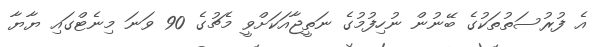
އެ ފުރުސަތުތަކުގެ ބޭނުން ނުހިފުމުގެ ނަތީޖާއަކަށްވީ މެޗުގެ 90 ވަނަ މިނެޓްގައި ޔާޔާ